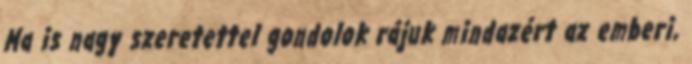
Ma is nagy szeretettel gondolok rájuk mindazért az emberi,